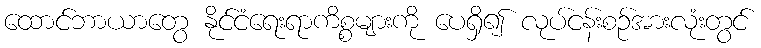
ထောင်ဘာယာတွေ နိုင်ငံရေးရာကိစ္စများကို ပေရှိ၍ လုပ်ငန်းစဉ်အားလုံးတွင်